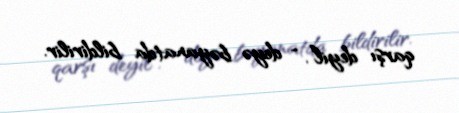
qarşı deyil”, - deyə bəyanatda bildirilir.